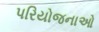
પરિયોજનાઓ